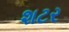
શટર